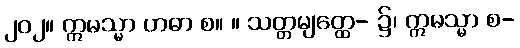
၂၀၂။ ဣမသ္မာ ဟဓာ စ။ ။ သတ္တမျတ္ထေ- ၌၊ ဣမသ္မာ စ-